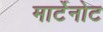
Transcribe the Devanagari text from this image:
मार्टेनोट